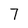
Character: 7